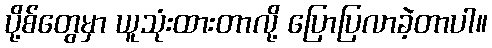
ပို့စ်တွေမှာ ယူသုံးထားတာလို့ ပြောပြလာခဲ့တာပါ။